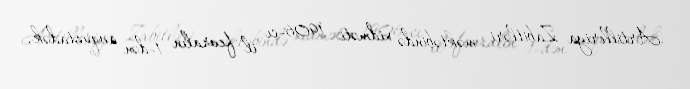
Artilleriya Zabitləri məktəbində xidməti 1906-cı il fevralın 1-dən avqustadək,